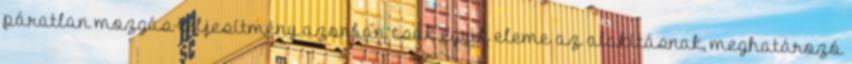
páratlan mozgás-teljesítmény azonban csak egyik eleme az alakításnak, meghatározó